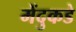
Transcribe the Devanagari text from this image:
मेंदुकडे